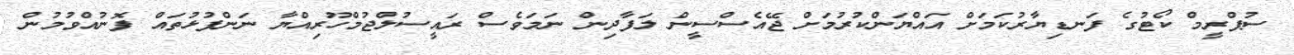
ސުޕްރީމް ކޯޓުގެ ފަނޑިޔާރުކަމަށް އައްޔަންކުރުމަށް ޖޭއެސްސީން ލަފާދިން ނަމަވެސް ރައީސުލްޖުމްހޫރިއްޔާ ނަންފުޅުތައް ފޮނުއްވުމުން